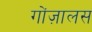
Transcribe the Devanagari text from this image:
गोंज़ालस